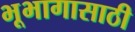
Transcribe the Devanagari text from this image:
भूभागासाठी